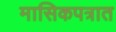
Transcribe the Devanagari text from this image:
मासिकपत्रात